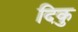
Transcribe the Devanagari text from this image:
दिकु